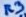
Text: R3